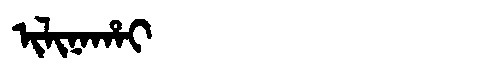
Manchu: ᡳᠯᡳᠨᠠᡥᠠᡳ
Romanization: ILINAHAI